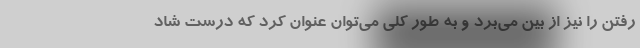
رفتن را نیز از بین می‌برد و به طور کلی می‌توان عنوان کرد که درست شاد